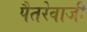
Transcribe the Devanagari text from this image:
पैतरेवाजी